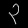
Digit: ၃